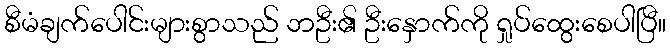
စီမံချက်ပေါင်းများစွာသည် ဘဦး၏ ဦးနှောက်ကို ရှုပ်ထွေးစေပါပြီ။